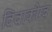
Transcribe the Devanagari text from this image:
विवाकोम्ब